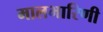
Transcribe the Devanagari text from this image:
मालभारिणी